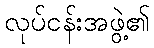
လုပ်ငန်းအဖွဲ့၏